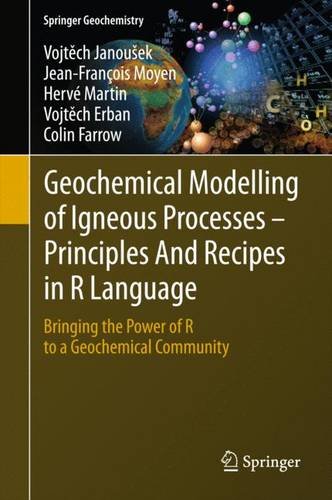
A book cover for Geochemical Modelling of Igneous Processes - Principles And Recipes in R Language: Bringing the Power of R to a Geochemical Community (Springer Geochemistry); Vojtech Janousek; Science & Math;